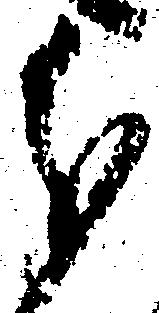
分